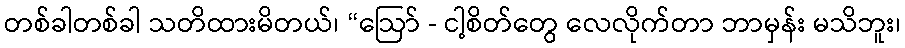
တစ်ခါတစ်ခါ သတိထားမိတယ်၊ “ဩော် - ငါ့စိတ်တွေ လေလိုက်တာ ဘာမှန်း မသိဘူး၊